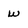
Character: w